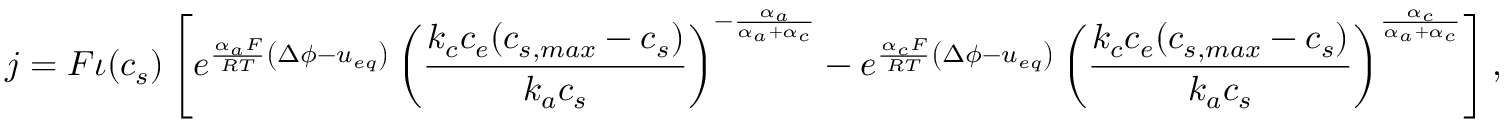
j = F \iota ( c _ { s } ) \left[ e ^ { \frac { \alpha _ { a } F } { R T } \left( \Delta \phi - u _ { e q } \right) } \left( \frac { k _ { c } c _ { e } ( c _ { s , m a x } - c _ { s } ) } { k _ { a } c _ { s } } \right) ^ { - \frac { \alpha _ { a } } { \alpha _ { a } + \alpha _ { c } } } - e ^ { \frac { \alpha _ { c } F } { R T } \left( \Delta \phi - u _ { e q } \right) } \left( \frac { k _ { c } c _ { e } ( c _ { s , m a x } - c _ { s } ) } { k _ { a } c _ { s } } \right) ^ { \frac { \alpha _ { c } } { \alpha _ { a } + \alpha _ { c } } } \right] ,